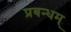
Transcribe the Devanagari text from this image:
प्रबन्धम्